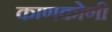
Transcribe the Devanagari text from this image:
काणकोणी